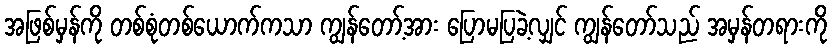
အဖြစ်မှန်ကို တစ်စုံတစ်ယောက်ကသာ ကျွန်တော့်အား ပြောမပြခဲ့လျှင် ကျွန်တော်သည် အမှန်တရားကို